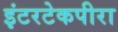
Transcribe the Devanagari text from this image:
इंटरटेकपीरा